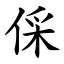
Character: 倸